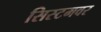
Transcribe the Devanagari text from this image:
सिस्टमवर